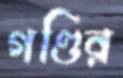
গণ্ডির